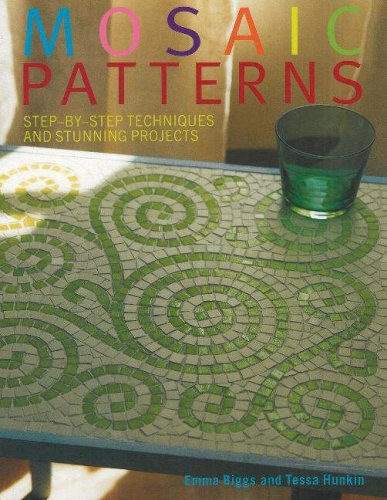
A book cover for Mosaic Patterns: Step-by-Step Techniques and Stunning Projects; Emma Biggs; Crafts, Hobbies & Home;